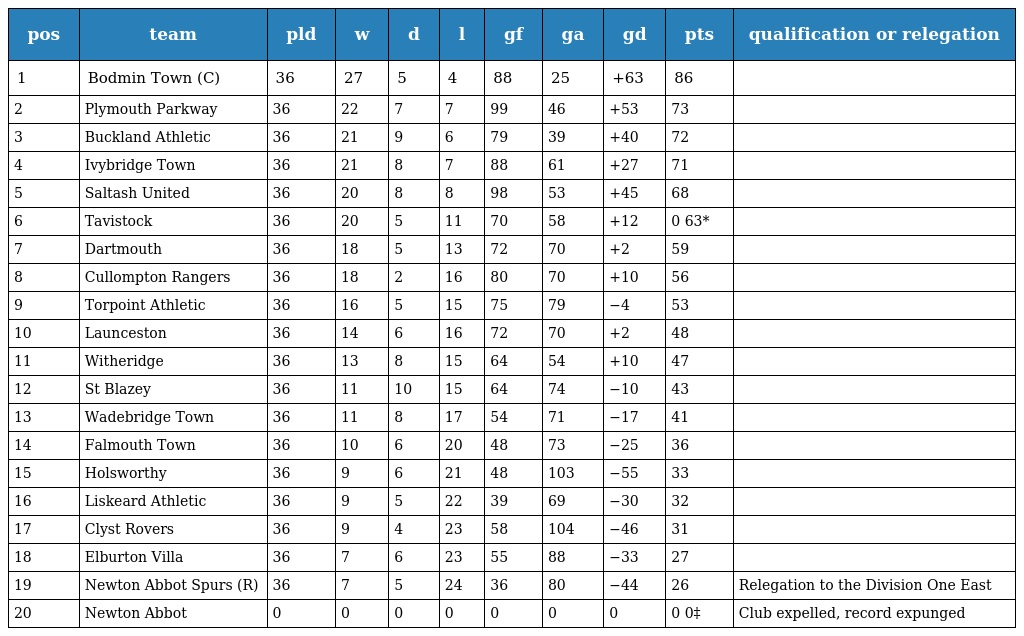
| pos | team | pld | w | d | l | gf | ga | gd | pts | qualification or relegation |
 | --- | --- | --- | --- | --- | --- | --- | --- | --- | --- | --- |
 | 1 | Bodmin Town (C) | 36 | 27 | 5 | 4 | 88 | 25 | +63 | 86 |  |
 | 2 | Plymouth Parkway | 36 | 22 | 7 | 7 | 99 | 46 | +53 | 73 |  |
 | 3 | Buckland Athletic | 36 | 21 | 9 | 6 | 79 | 39 | +40 | 72 |  |
 | 4 | Ivybridge Town | 36 | 21 | 8 | 7 | 88 | 61 | +27 | 71 |  |
 | 5 | Saltash United | 36 | 20 | 8 | 8 | 98 | 53 | +45 | 68 |  |
 | 6 | Tavistock | 36 | 20 | 5 | 11 | 70 | 58 | +12 | 0 63* |  |
 | 7 | Dartmouth | 36 | 18 | 5 | 13 | 72 | 70 | +2 | 59 |  |
 | 8 | Cullompton Rangers | 36 | 18 | 2 | 16 | 80 | 70 | +10 | 56 |  |
 | 9 | Torpoint Athletic | 36 | 16 | 5 | 15 | 75 | 79 | −4 | 53 |  |
 | 10 | Launceston | 36 | 14 | 6 | 16 | 72 | 70 | +2 | 48 |  |
 | 11 | Witheridge | 36 | 13 | 8 | 15 | 64 | 54 | +10 | 47 |  |
 | 12 | St Blazey | 36 | 11 | 10 | 15 | 64 | 74 | −10 | 43 |  |
 | 13 | Wadebridge Town | 36 | 11 | 8 | 17 | 54 | 71 | −17 | 41 |  |
 | 14 | Falmouth Town | 36 | 10 | 6 | 20 | 48 | 73 | −25 | 36 |  |
 | 15 | Holsworthy | 36 | 9 | 6 | 21 | 48 | 103 | −55 | 33 |  |
 | 16 | Liskeard Athletic | 36 | 9 | 5 | 22 | 39 | 69 | −30 | 32 |  |
 | 17 | Clyst Rovers | 36 | 9 | 4 | 23 | 58 | 104 | −46 | 31 |  |
 | 18 | Elburton Villa | 36 | 7 | 6 | 23 | 55 | 88 | −33 | 27 |  |
 | 19 | Newton Abbot Spurs (R) | 36 | 7 | 5 | 24 | 36 | 80 | −44 | 26 | Relegation to the Division One East |
 | 20 | Newton Abbot | 0 | 0 | 0 | 0 | 0 | 0 | 0 | 0 0‡ | Club expelled, record expunged |